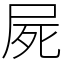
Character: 屍